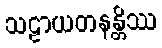
သဠာယတနန္တိဿ